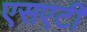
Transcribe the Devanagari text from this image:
एसएटी